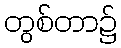
တွစ်တာ၌